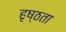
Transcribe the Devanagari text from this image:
हृष्ठता